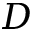
D